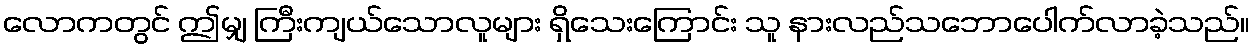
လောကတွင် ဤမျှ ကြီးကျယ်သောလူများ ရှိသေးကြောင်း သူ နားလည်သဘောပေါက်လာခဲ့သည်။